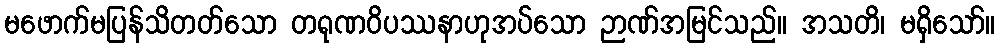
မဖောက်မပြန်သိတတ်သော တရုဏဝိပဿနာဟုအပ်သော ဉာဏ်အမြင်သည်။ အသတိ၊ မရှိသော်။